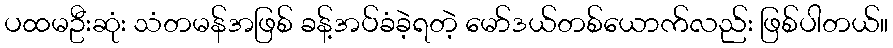
ပထမဦးဆုံး သံတမန်အဖြစ် ခန့်အပ်ခံခဲ့ရတဲ့ မော်ဒယ်တစ်ယောက်လည်း ဖြစ်ပါတယ်။